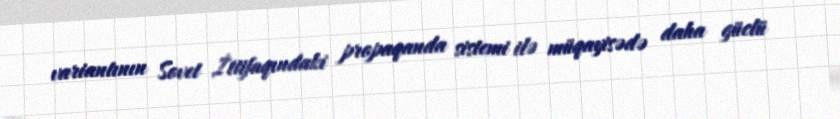
variantının Sovet İttifaqındaki propaqanda sistemi ilə müqayisədə daha güclü